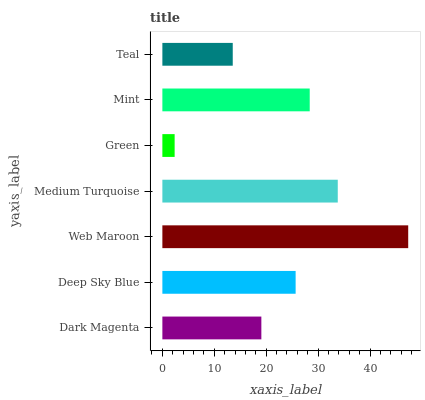
| yaxis_label | bars |
 | --- | --- |
 | Dark Magenta | 19.1 |
 | Deep Sky Blue | 25.7 |
 | Web Maroon | 47.4 |
 | Medium Turquoise | 33.8 |
 | Green | 2.36 |
 | Mint | 28.4 |
 | Teal | 13.6 |